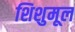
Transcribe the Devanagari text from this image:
शिशुमूल